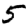
Digit: 5